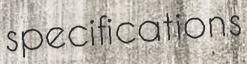
specifications